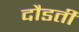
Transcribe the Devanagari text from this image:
दौडती